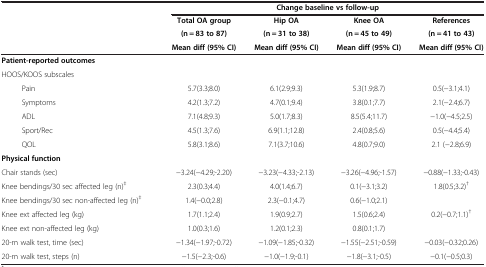
<table><thead><tr><td colspan="2"><b> </b></td><td colspan="4"><b>Change baseline vs follow-up</b></td></tr><tr><td colspan="2"><b> </b></td><td><b>Total OA group</b></td><td><b>Hip OA</b></td><td><b>Knee OA</b></td><td><b>References</b></td></tr><tr><td colspan="2"><b> </b></td><td><b>(n = 83 to 87)</b></td><td><b>(n = 31 to 38)</b></td><td><b>(n = 45 to 49)</b></td><td><b>(n = 41 to 43)</b></td></tr><tr><td colspan="2"><b> </b></td><td><b>Mean diff (95% CI)</b></td><td><b>Mean diff (95% CI)</b></td><td><b>Mean diff (95% CI)</b></td><td><b>Mean diff (95% CI)</b></td></tr></thead><tbody><tr><td colspan="2"><b>Patient-reported outcomes</b></td><td> </td><td> </td><td> </td><td> </td></tr><tr><td colspan="2">HOOS/KOOS subscales</td><td> </td><td> </td><td> </td><td> </td></tr><tr><td> </td><td>Pain</td><td>5.7(3.3;8.0)</td><td>6.1(2.9;9.3)</td><td>5.3(1.9;8.7)</td><td>0.5(−3.1;4.1)</td></tr><tr><td> </td><td>Symptoms</td><td>4.2(1.3;7.2)</td><td>4.7(0.1;9.4)</td><td>3.8(0.1;7.7)</td><td>2.1(−2.4;6.7)</td></tr><tr><td> </td><td>ADL</td><td>7.1(4.8;9.3)</td><td>5.0(1.7;8.3)</td><td>8.5(5.4;11.7)</td><td>−1.0(−4.5;2.5)</td></tr><tr><td> </td><td>Sport/Rec</td><td>4.5(1.3;7.6)</td><td>6.9(1.1;12.8)</td><td>2.4(0.8;5.6)</td><td>0.5(−4.4;5.4)</td></tr><tr><td> </td><td>QOL</td><td>5.8(3.1;8.6)</td><td>7.1(3.7;10.6)</td><td>4.8(0.7;9.0)</td><td>2.1 (−2.8;6.9)</td></tr><tr><td colspan="2"><b>Physical function</b></td><td> </td><td> </td><td> </td><td> </td></tr><tr><td colspan="2">Chair stands (sec)</td><td>−3.24(−4.29;-2.20)</td><td>−3.23(−4.33;-2.13)</td><td>−3.26(−4.96;-1.57)</td><td>−0.88(−1.33;-0.43)</td></tr><tr><td colspan="2">Knee bendings/30 sec affected leg (n)<sup>‡</sup></td><td>2.3(0.3;4.4)</td><td>4.0(1.4;6.7)</td><td>0.1(−3.1;3.2)</td><td rowspan="2">1.8(0.5;3.2)<sup>†</sup></td></tr><tr><td colspan="2">Knee bendings/30 sec non-affected leg (n)<sup>‡</sup></td><td>1.4(−0.0;2.8)</td><td>2.3(−0.1;4.7)</td><td>0.6(−1.0;2.1)</td></tr><tr><td colspan="2">Knee ext affected leg (kg)</td><td>1.7(1.1;2.4)</td><td>1.9(0.9;2.7)</td><td>1.5(0.6;2.4)</td><td rowspan="2">0.2(−0.7;1.1)<sup>†</sup></td></tr><tr><td colspan="2">Knee ext non-affected leg (kg)</td><td>1.0(0.3;1.6)</td><td>1.2(0.1;2.3)</td><td>0.8(0.1;1.7)</td></tr><tr><td colspan="2">20-m walk test, time (sec)</td><td>−1.34(−1.97;-0.72)</td><td>−1.09(−1.85;-0.32)</td><td>−1.55(−2.51;-0.59)</td><td>−0.03(−0.32;0.26)</td></tr><tr><td colspan="2">20-m walk test, steps (n)</td><td>−1.5(−2.3;-0.6)</td><td>−1.0(−1.9;-0.1)</td><td>−1.8(−3.1;-0.5)</td><td>−0.1(−0.5;0.3)</td></tr></tbody></table>